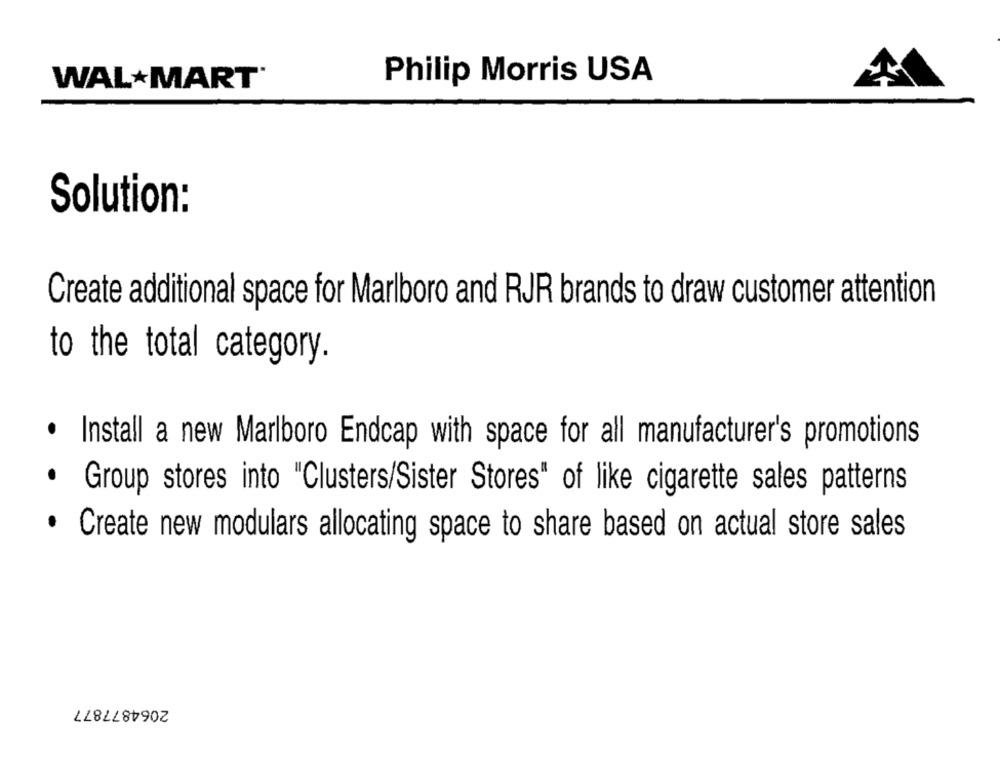
WALMART"
Philip Morris USA
Solution:
Create additional space for Marlboro and RJR brands to draw customer attention
to the total category.
· Install a new Marlboro Endcap with space for all manufacturer's promotions
· Group stores into "Clusters/Sister Stores" of like cigarette sales patterns
Create new modulars allocating space to share based on actual store sales
2064877877